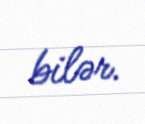
bilər.